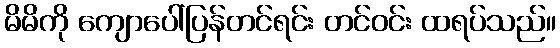
မိမိကို ကျောပေါ်ပြန်တင်ရင်း တင်ဝင်း ထရပ်သည်။